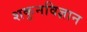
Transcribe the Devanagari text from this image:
शकुनविज्ञान